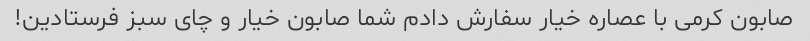
صابون کرمی با عصاره خیار سفارش دادم شما صابون خیار و چای سبز فرستادین!